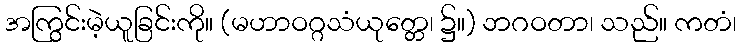
အကြွင်းမဲ့ယူခြင်းကို။ (မဟာဝဂ္ဂသံယုတ္တေ၊ ၌။) ဘဂဝတာ၊ သည်။ ကတံ၊